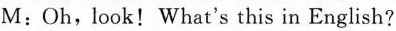
M : Oh, look! What's this in English?